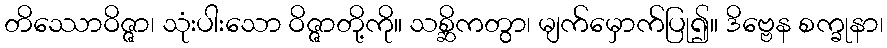
တိဿောဝိဇ္ဇာ၊ သုံးပါးသော ဝိဇ္ဇာတို့ကို။ သစ္ဆိကတွာ၊ မျက်မှောက်ပြု၍။ ဒိဗ္ဗေန စက္ခုနာ၊